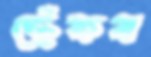
ছেঁকব